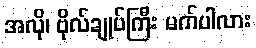
အလို၊ ဗိုလ်ချုပ်ကြီး မက်ပါလား